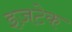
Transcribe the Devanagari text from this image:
इज़टेक